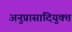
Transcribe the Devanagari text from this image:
अनुप्रासादियुक्त